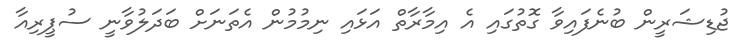
ޖުޑިޝަރީން ބުނެފައިވާ ގޮތުގައި އެ އިމާރާތް އަޅައި ނިމުމުން އެތަނަށް ބަދަލުވާނީ ސުޕީރިއާ